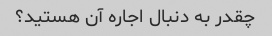
چقدر به دنبال اجاره آن هستید؟